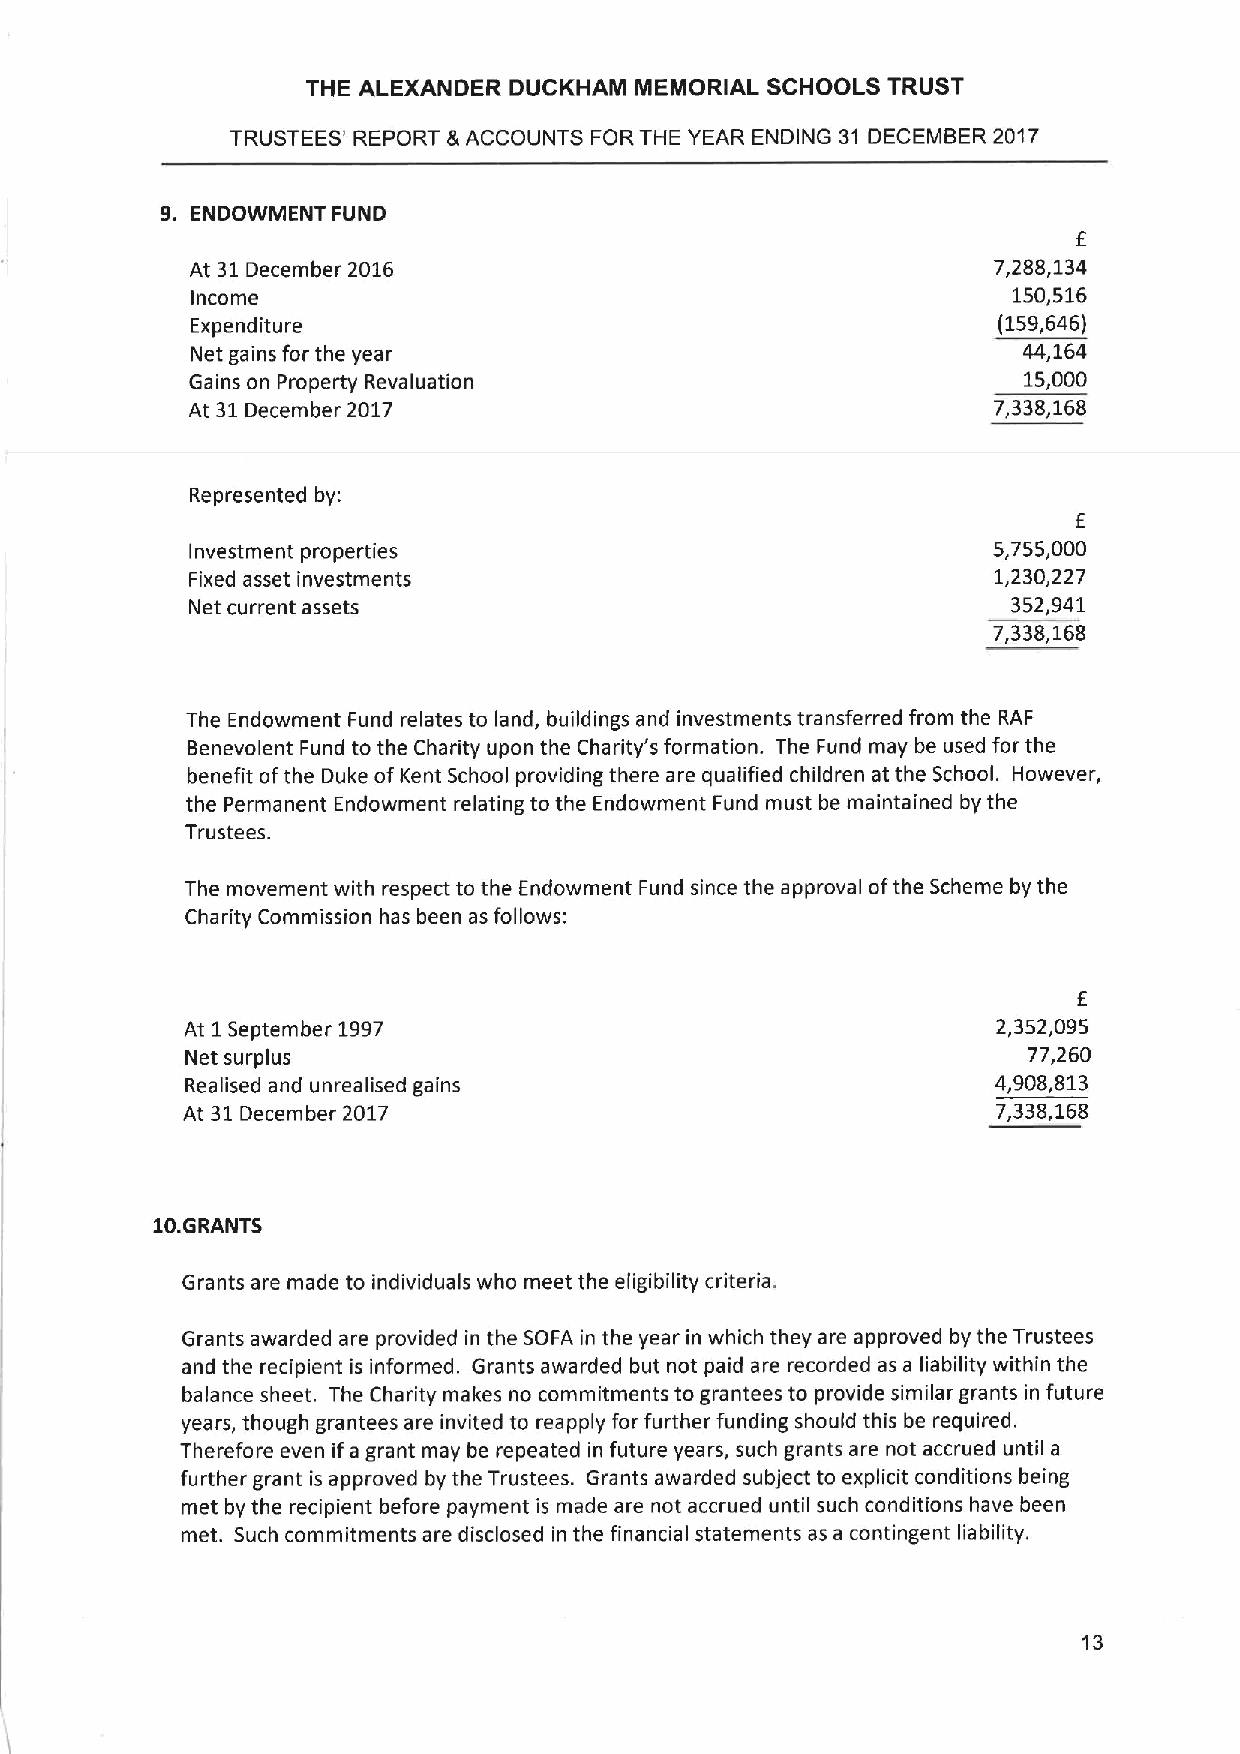
THE ALEXANDER DUCKHAM MEMORIAL SCHOOLS TRUST
 TRUSTEES' REPORT &ACCOUNTS FOR THE YEAR ENDING 31 DECEMBER 2017
 9. ENDOWMENT FUND
 f
 At 31December 2016                                   7,288,134
 Income                                                150,516
 Expenditure                                          (159,646)
 Net gains for the year                                 44,164
 Gains on Property Revaluation                          15,000
 At 31December 2017                                   7,338,168
 Represented by:
 E
 Investment properties                                5,755,000
 Fixed asset investments                              1,230,227
 Net current assets                                    352,941
 7,338,168
 The Endowment Fund relates to land, buildings and investments transferred from the RAF
 Benevolent Fund to the Charity upon the Charity's formation. The Fund may be used for the
 benefit ofthe Duke ofKent School providing there are qualified children at the School. However,
 the Permanent Endowment relating to the Endowment Fund must be maintained by the
 Trustees.
 The movement with respect to the Endowment Fund since the approval ofthe Scheme by the
 Charity Commission has been as follows:
 E
 At 1September 1997                                    2,352,095
 Net surplus                                             77,260
 Realised and unrealised gains                         4,908,813
 At 31December 2017                                    7,338,168
 10.GRANTS
 Grants are made to individuals who meet the eligibility criteria.
 Grants awarded are provided in the SOFA in the year in which they are approved by the Trustees
 and the recipient is informed. Grants awarded but not paid are recorded as a liability within the
 balance sheet. The Charity makes no commitments to grantees to provide similar grants in future
 years, though grantees are invited to reapply for further funding should this be required.
 Therefore even ifa grant may be repeated in future years, such grants are not accrued until a
 further grant is approved by the Trustees. Grants awarded subject to explicit conditions being
 met by the recipient before payment is made are not accrued until such conditions have been
 met. Such commitments are disclosed in the financial statements as a contingent liability.
 13